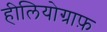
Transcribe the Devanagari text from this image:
हीलियोग्राफ़